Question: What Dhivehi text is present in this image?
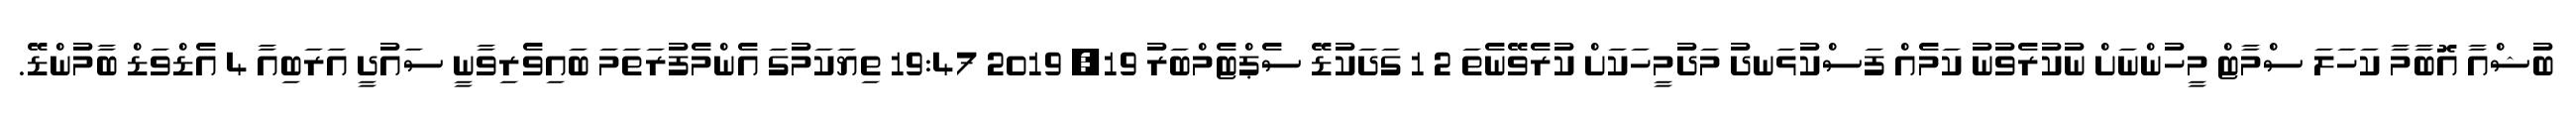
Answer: ބުޝްއާ އޮބާމާ ކަހަލަ ސްމާޓް މީހުންނަށް ނުކުރެވުނު ކަމެއް ފަސްކުޅަނދު މަދުމީހަކަށް ކުރެވޭނެތަ 2 1 ގަދަކުޑޭ ސެޕްޓެމްބަރު 19, 2019 19:47 ތިޔަކަމުގަ އެންމެފުރަތަމަ ބައިވެރިވާނީ ސައުދީ އަރަބިއާ 4 އެޑްވަޑް ބާމުންޑޭ.